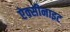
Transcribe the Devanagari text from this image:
ऐक्सीनाइट